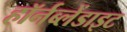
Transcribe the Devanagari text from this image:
हॉर्नब्लेंडाइट